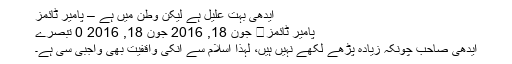
ایدھی بہت علیل ہے لیکن وطن میں ہے – پامیر ٹائمز
پامیر ٹائمز	 جون 18, 2016 جون 18, 2016 0 تبصرے
ایدھی صاحب چونکہ زیادہ پڑھے لکھے نہیں ہیں، لہذا اسلام سے انکی واقفیت بھی واجبی سی ہے۔